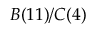
B ( 1 1 ) / C ( 4 )